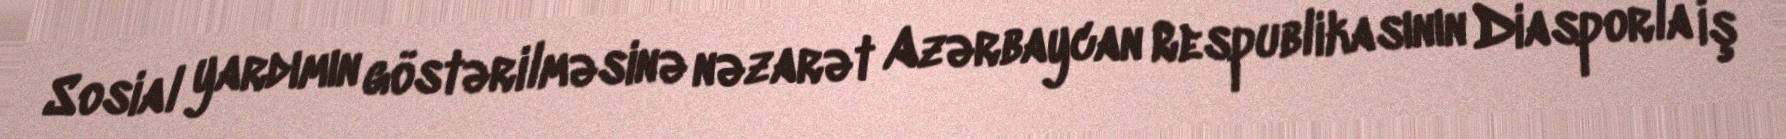
Sosial yardımın göstərilməsinə nəzarət Azərbaycan Respublikasının Diasporla İş